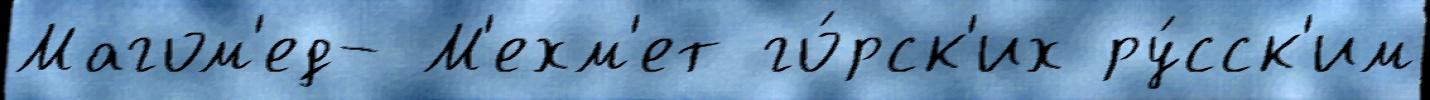
Магом'ед- М'ехм'ет го́рск'их ру́сск'им